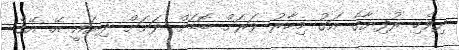
ދިވެހި ރުފިޔާގެ އަގު މިހާރު ވަރަށް ބޮޑަށް ދަށަށް ދިޔައީ އޭ. އޭގެ